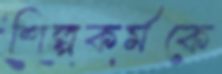
শিল্পকর্মকে